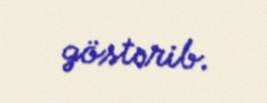
göstərib.